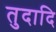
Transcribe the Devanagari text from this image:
तुदादि